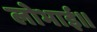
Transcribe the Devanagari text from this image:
लोभाई॥